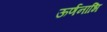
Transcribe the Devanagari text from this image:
ऊर्णनाभि